Bombay plague: being a history of the progress of plague in the Bombay presidency from September 1896 to June 1899
Year: 1896
Disease focus: Plague
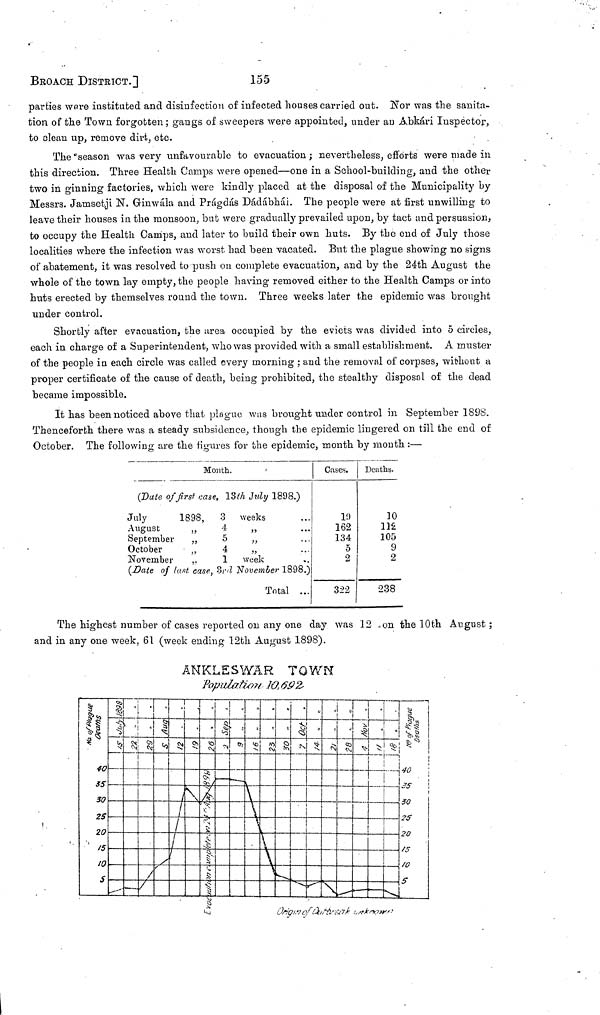
BROACH DISTRICT.]
155
parties were instituted and disinfection of infected houses carried out. Nor was the sanita-
tion of the Town forgotten ; gangs of sweepers were appointed, under an Abkári Inspector,
to clean up, remove dirt, etc.
The "season was very unfavourable to evacuation ; nevertheless, efforts were made in
this direction. Three Health Camps were opened—one in a School-building, and the other
two in ginning factories, which were kindly placed at the disposal of the Municipality by
Messrs. Jamsetji N. Grinwaia and Prágdás Dádábhái. The people were at first unwilling to
leave their houses in the monsoon, but were gradually prevailed upon, by tact and persuasion,
to occupy the Health Camps, and later to build their own huts. By the end of July those
localities where the infection was worst had been vacated. But the plague showing no signs
of abatement, it was resolved to push on complete evacuation, and by the 24th August the
whole of the town lay empty, the people having removed either to the Health Camps or into
huts erected by themselves round the town. Three weeks later the epidemic was brought
under control.
Shortly after evacuation, the area occupied by the evicts was divided into 5 circles,
each in charge of a Superintendent, who was provided with a small establishment. A muster
of the people in each circle was called every morning : and the removal of corpses, without a
proper certificate of the cause of death, being prohibited, the stealthy disposal of the dead
became impossible.
It has been noticed above that plague was brought under control in September 1898.
Thenceforth there was a steady subsidence, though the epidemic lingered on till the end of
October. The following are the figures for the epidemic, month by mouth :—
Month.
(Date of first case, 13th July 1898.)
July
August
September
October
November
1898,
,,
,,
,,
,,
3
4
5
4
1
weeks
,,
,,
,,
week
...
...
(Date of last case, 3rd November 1898.)
Total ...
Cases.
1!)
162
134
5
2
322
Deaths.
10
112
105
9
2
238
The highest number of cases reported on any one day was 12 on the 10th August ;
and in any one week, 61 (week ending 12th August 1898).
ANKLESWAR TOWN
Population. 10,692